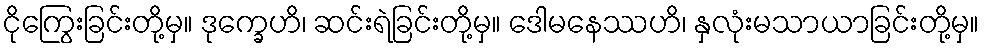
ငိုကြွေးခြင်းတို့မှ။ ဒုက္ခေဟိ၊ ဆင်းရဲခြင်းတို့မှ။ ဒေါမနေဿဟိ၊ နှလုံးမသာယာခြင်းတို့မှ။